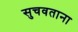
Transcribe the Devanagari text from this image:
सुचवताना